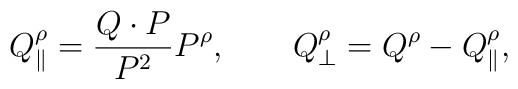
Q_{\|}^\rho = {Q \cdot P \over P^2} P^\rho , \ \ \ \ \ \ Q_{\bot}^\rho        = Q^\rho - Q_{\|}^\rho,